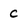
Character: c